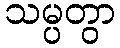
သမ္ပတွာ